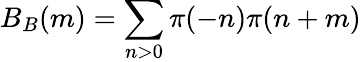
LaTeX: B_{B}(m)=\sum_{n>0}\pi(-n)\pi(n+m)